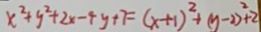
x ^ { 2 } + y ^ { 2 } + 2 x - 4 y + 7 = ( x + 1 ) ^ { 2 } + ( y - 2 ) ^ { 2 } + 2